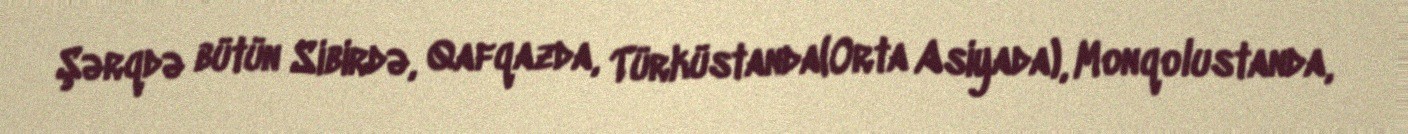
Şərqdə bütün Sibirdə, Qafqazda, Türküstanda(Orta Asiyada), Monqolustanda,